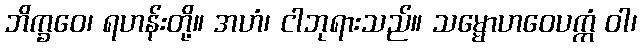
ဘိက္ခဝေ၊ ရဟန်းတို့။ အဟံ၊ ငါဘုရားသည်။ သမ္မောဟဝေပက္ကံ ဝါ၊